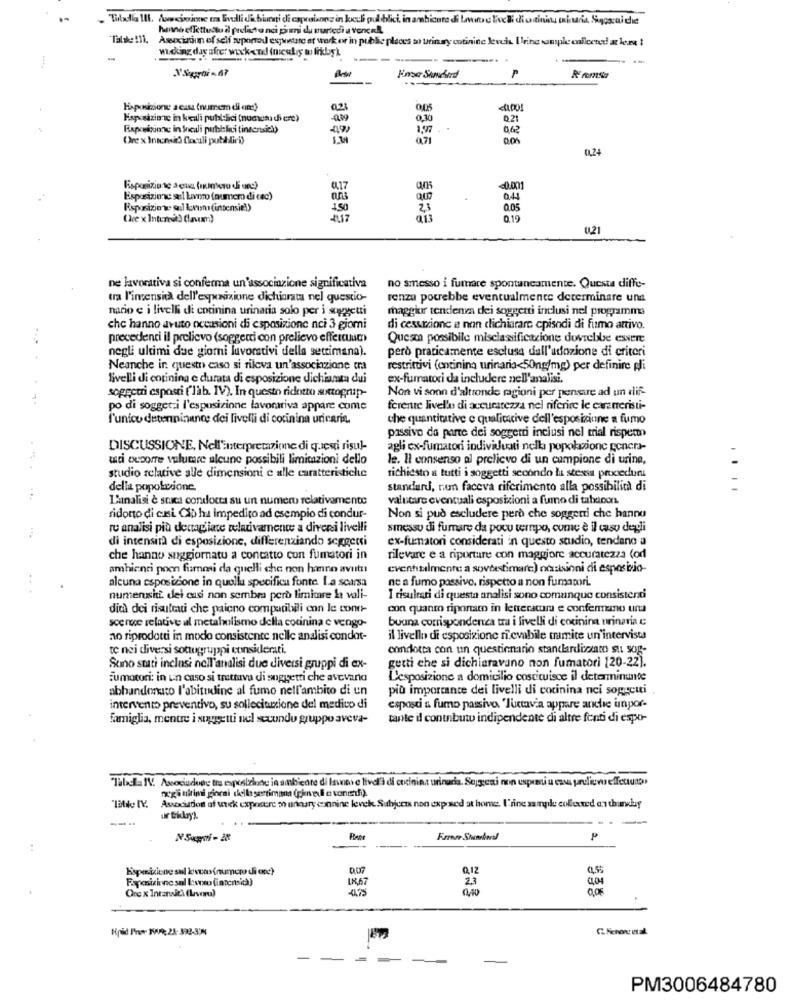
hanne effettuato il prelasta nci pieni du puriodi a vonc.R.
Axuxizam of self auponad espatate et work or in public places ao urinary cotinine levels. Urine sample oficened! at lere t
wicking day afre: week-end iniesliy wo fikboy k
-
----.. .
P
--
Hisposizione a east (numem di om:)
Esposizione in keali publ:Ici (numensch cre)
-0,09
0,30
02
Raposizione in Shodli pubblici tintensich)
-4,9
1,97.
062
Ore x Intensità Clocali pubblici)
01,24
Esposizione a que (umiera di anc)
017
Esposizione sel lino (numero di esc)
.
044
Rsposizione wel lovun (intensie))
2,5
0.05
013
019
0,21
ne lavorativa si conferma un'associazione significativa
no smesso i fumare spontaneamente. Questa diffe-
tra l'intensità dell'expunizione dichiarata nel questio-
renza potrebbe eventualmente determinare una
nario e i livelli di cotinina urinaria solo per i soggetti
maggior tendenza dei soggetti inclusi nel programma
che hanno avuto occasioni di esposizione nci 3 giorni
di cesurzione e non dichiarare episodi di fumo attivo.
precedenti il prelievo (soggetti con prelievo effercuum)
Quese possibile misclassificazione dovrebbe essere
negli ultimi due giorni lavorativi della settimana).
però praticamente esclusa dall'adozione di criteri
Neanche in questo caso si rileva un'associazione cra
restrittivi (entinina urinaria<50ng/mg) per definire pli
livelli di cotining e durata di esposizione dichiamata dui
ex-fumatori da includere nell'analisi.
sopgcui esposti ('lab. IV). In questo ridotto suttogrup-
Non vi sonn d'altronde ragioni per pensare ad un dif-
po di sogget-i l'esposizione lavorativa appare come
ferente livel'es di accuratezza nel riferire le exraneristi-
l'unico detenninuno dei livelli di corinina uricarin.
che quantitative e qualitative dell'esposizione a fumo
passivo da parte dei soggetti inclusi nel trial rispen
DISCUSSIONE, Nell'interpretazione di questi risul-
agli cx-fumatori individuati nella popolazione genera-
uti occorre volume alcune possibili limitazioni dello
le. Il consenso al prelievo di un campione di urina,
studio relative alle dimensioni e alle caratteristiche
richiesto a tutti i soggetti secondo la stessa procedur
della popolazione.
standard, nun faceva riferimento alla possibilità di
L'analisi è stica condocta su un numero relativamente
valutare eventuali esposizioni a fumo di tabacon.
ridotto di cusi Cio ha impedito ad esempio di condur-
Non si può escludere però che soggenti che hanno
re analisi più dettagliate relativamente a diversi livelli
smesso di fumare da poco tempo, come è il caso degli
di intensità di esposizione, differenziando soggetti
ex-fumatori considerati in questo studio, tendano a
che hanno soggiornatu a contatto con fumatori in
rilevare e a riportare con maggiore accuratezza (or
ambienti poon fumosi da quelli che non hanno avuto
eventualmente a sovbestimarc) oczaksioni di esposizio-
alcuna esposizione in quella specifica fonte. La scarsa
ne a fumo passivo, rispetto a non fumatori.
numerusi. dei casi non sembra però limitare la vali-
I risultati di questa analisi sono comunque consistenti
dità dei risulexi che paieno compatibili enn le cono-
con quanto riportato in letteratura e confermano una
scence relative al metabolismo della cotinina e vengo-
buana corrisponderea tra i livelli di cocinina urinaria e
no riprodotti in modo consistente nelle analisi condot-
il livello di esposizione rilevabile tramite un'intervista
te nei diversi sottogruppi considerati
condotta con un questionario standardizzato su sog-
Sono stati inclusi nell'analisi due diversi gruppi di ex-
getti che si dichiaravuno non fumatori 120-22).
Eumotori: in un caso si trattava di soggetti che avevano
L'esposizione a domicilio costituisce il determinante
abbandonato l'abitudine al fumo nell'ambito di un
più importante dei livelli di cocinina nci soggetti .
intervento preventivo, su solleciunione del medico di
esposti a fumo passivo. 'Tuttavia appare anche impor-
famiglia, mentre i soggetti nel secondo gruppo aveva-
tante il contnbut indipendente di altre fonti di espo-
"Tabela NV. Associudune tra esposizione in ambiente di lawen e tivolià di cuciniaz urinaria. Sepgesi non espieniu en uncien effetuso.
"xgi ultimi giorni della sertimans (pinedie voncif).
Asociados af utek exposere o unnary ennine levek. Subjects non exposed at home, l'rine sample collected ann thursby
N Supri - 28
Q,12
Faposizione sal lesveo (iatensich)
LR67
404
One x Intaniti (Lavoro)
23
Kpåd Phor 1909: 23-392-304
PM3006484780